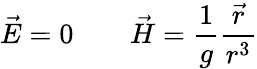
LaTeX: \vec{E}=0\qquad\vec{H}=\frac{1}{g}\frac{\vec{r}}{r^{3}}